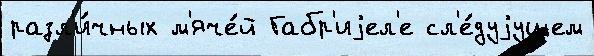
разл'и́чных м'яче́й Габр'иjел'е сл'е́дуjущем